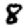
Digit: 8